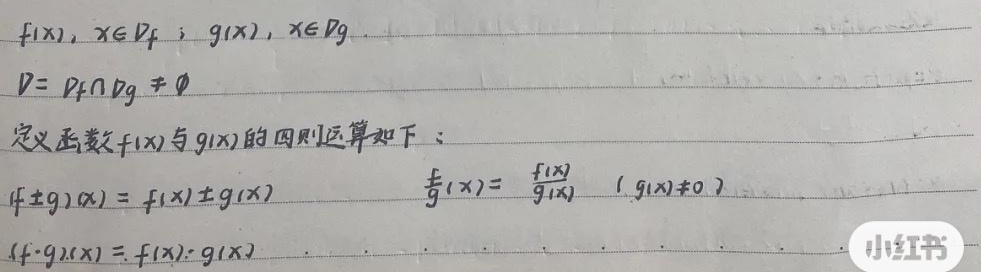
设\(f(x)\)，\(x\in D_f\)；\(g(x)\)，\(x\in D_g\)，\(D = D_f\cap D_g\neq \varnothing\)。定义函数\(f(x)\)与\(g(x)\)的四则运算如下：
\((f\pm g)(x)=f(x)\pm g(x)\)；
\(\left(\frac{f}{g}\right)(x)=\frac{f(x)}{g(x)}\ (\ g(x)\neq0\ )\)；
\((f\cdot g)(x)=f(x)\cdot g(x)\)。